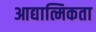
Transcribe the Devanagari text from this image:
आद्यात्मिकता